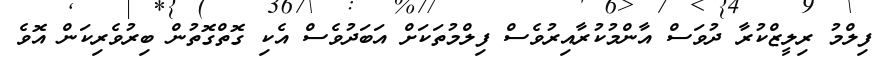
ފިލްމު ރިލީޒްކުރާ ދުވަސް އާންމުކުރާއިރުވެސް ފިލްމުތަކަށް އަބަދުވެސް އެކި ގޮތްގޮތުން ބިރުވެރިކަން އޮވެ